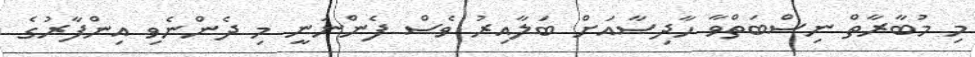
މި މުބާރާތް ނިސްބަތްވާ ހާދިސާއަށް ބަލާއިރު ވެސް ފެންނަނީ މި ދެންނެވި އިންފާރުގެ